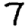
Digit: 7